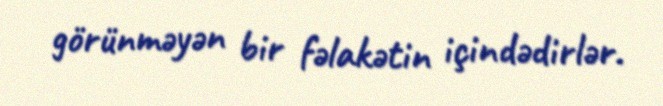
görünməyən bir fəlakətin içindədirlər.